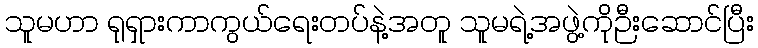
သူမဟာ ရုရှားကာကွယ်ရေးတပ်နဲ့အတူ သူမရဲ့အဖွဲ့ကိုဉီးဆောင်ပြီး